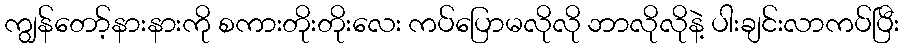
ကျွန်တော့်နားနားကို စကားတိုးတိုးလေး ကပ်ပြောမလိုလို ဘာလိုလိုနဲ့ ပါးချင်းလာကပ်ပြီး